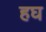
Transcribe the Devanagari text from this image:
हघ